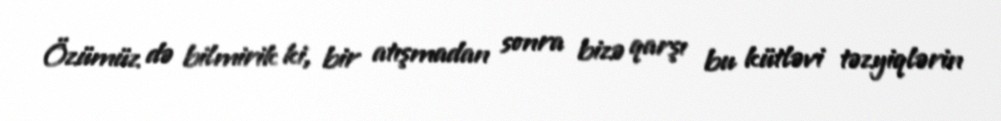
Özümüz də bilmirik ki, bir atışmadan sonra bizə qarşı bu kütləvi təzyiqlərin